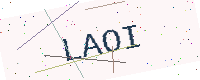
Text: LAOI